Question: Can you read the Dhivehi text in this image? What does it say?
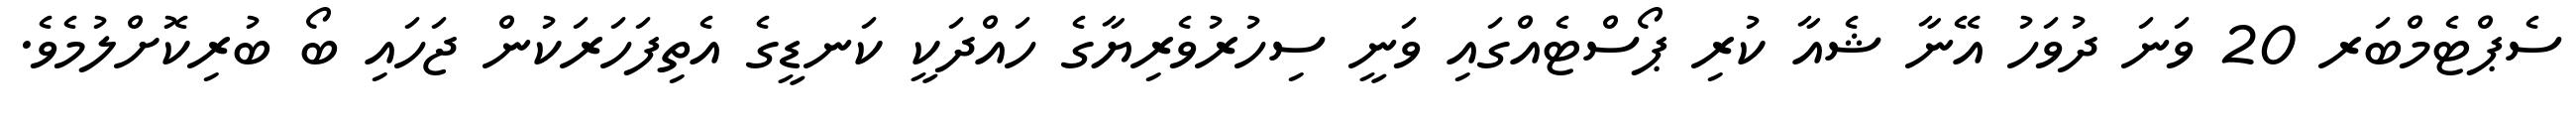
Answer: ސެޕްޓެމްބަރ 20 ވަނަ ދުވަހު އޭނާ ޝެއާ ކުރި ޕޯސްޓެއްގައި ވަނީ ސިހުރުވެރިޔާގެ ހައްދަކީ ކަނޑީގެ އެތިފަހަރަކުން ޖަހައި ބޯ ބުރިކޮށްލުމެވެ.